Scottish Leaving Certificate Examination, 1953
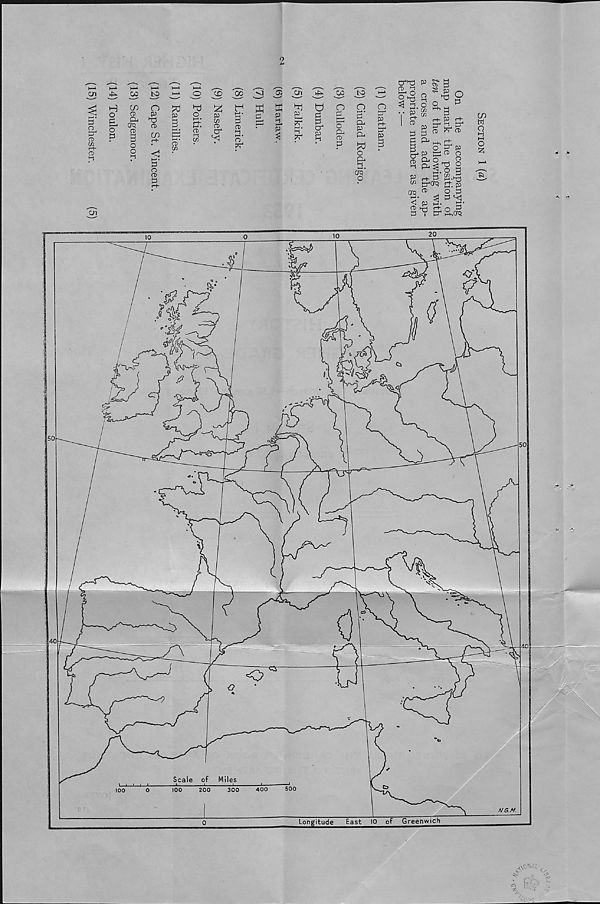
(12) Cape St. Vincent.
(13) Sedgemoor.
(14) Toulon.
(15) Winchester.
2
p
3
a> C/2
Tl
o
a>
C/2
S5 3
p
g
c^
p
<2, a>
cr m
^
o'
pr
® Ol
M
c
p H.
P
h-l •
oo to
o
d
p
a 4
p i-i
o
o
&
CD
P
o
3'
P-
p
CP
o
CP l-t H-1 •
CTCi
O
o
p 4
&
p"
P 3
cT'd
CD H
If
I 3-
CJ
fC
^ M a
§ p
O
O
3
CD l-l
P C/2
OQ t — 1 '
C
r+ P r+
CJ 4 H cr
CD tr CD
H+, rt
pf f 0
t; cd o
04 O
S
I
cn
CD hr-j
3 V
CD
P ^
i i
V- p
o 3
r+- o Ci
CJ 4 s,aq
CO
w
u M
o
2
Lon£itu£e^_^as^_IO^of_Gre£n«nch_
. 0^.4 ■ '
v *y‘ ^ /,